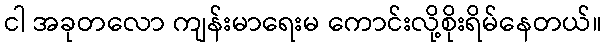
ငါ အခုတလော ကျန်းမာရေးမ ကောင်းလို့စိုးရိမ်နေတယ်။